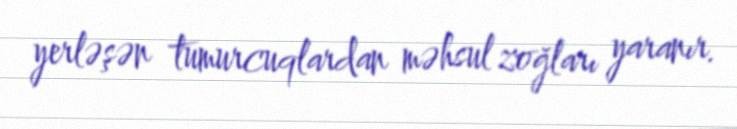
yerləşən tumurcuqlardan məhsul zoğları yaranır.